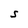
Character: S